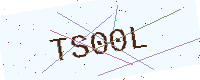
Text: TS00L